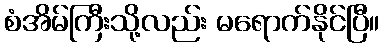
စံအိမ်ကြီးသို့လည်း မရောက်နိုင်ပြီ။